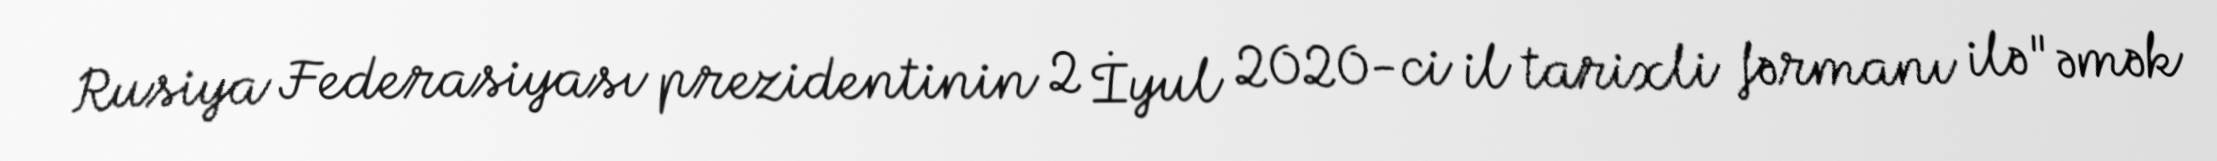
Rusiya Federasiyası prezidentinin 2 İyul 2020-ci il tarixli fərmanı ilə "əmək